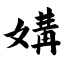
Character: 媾